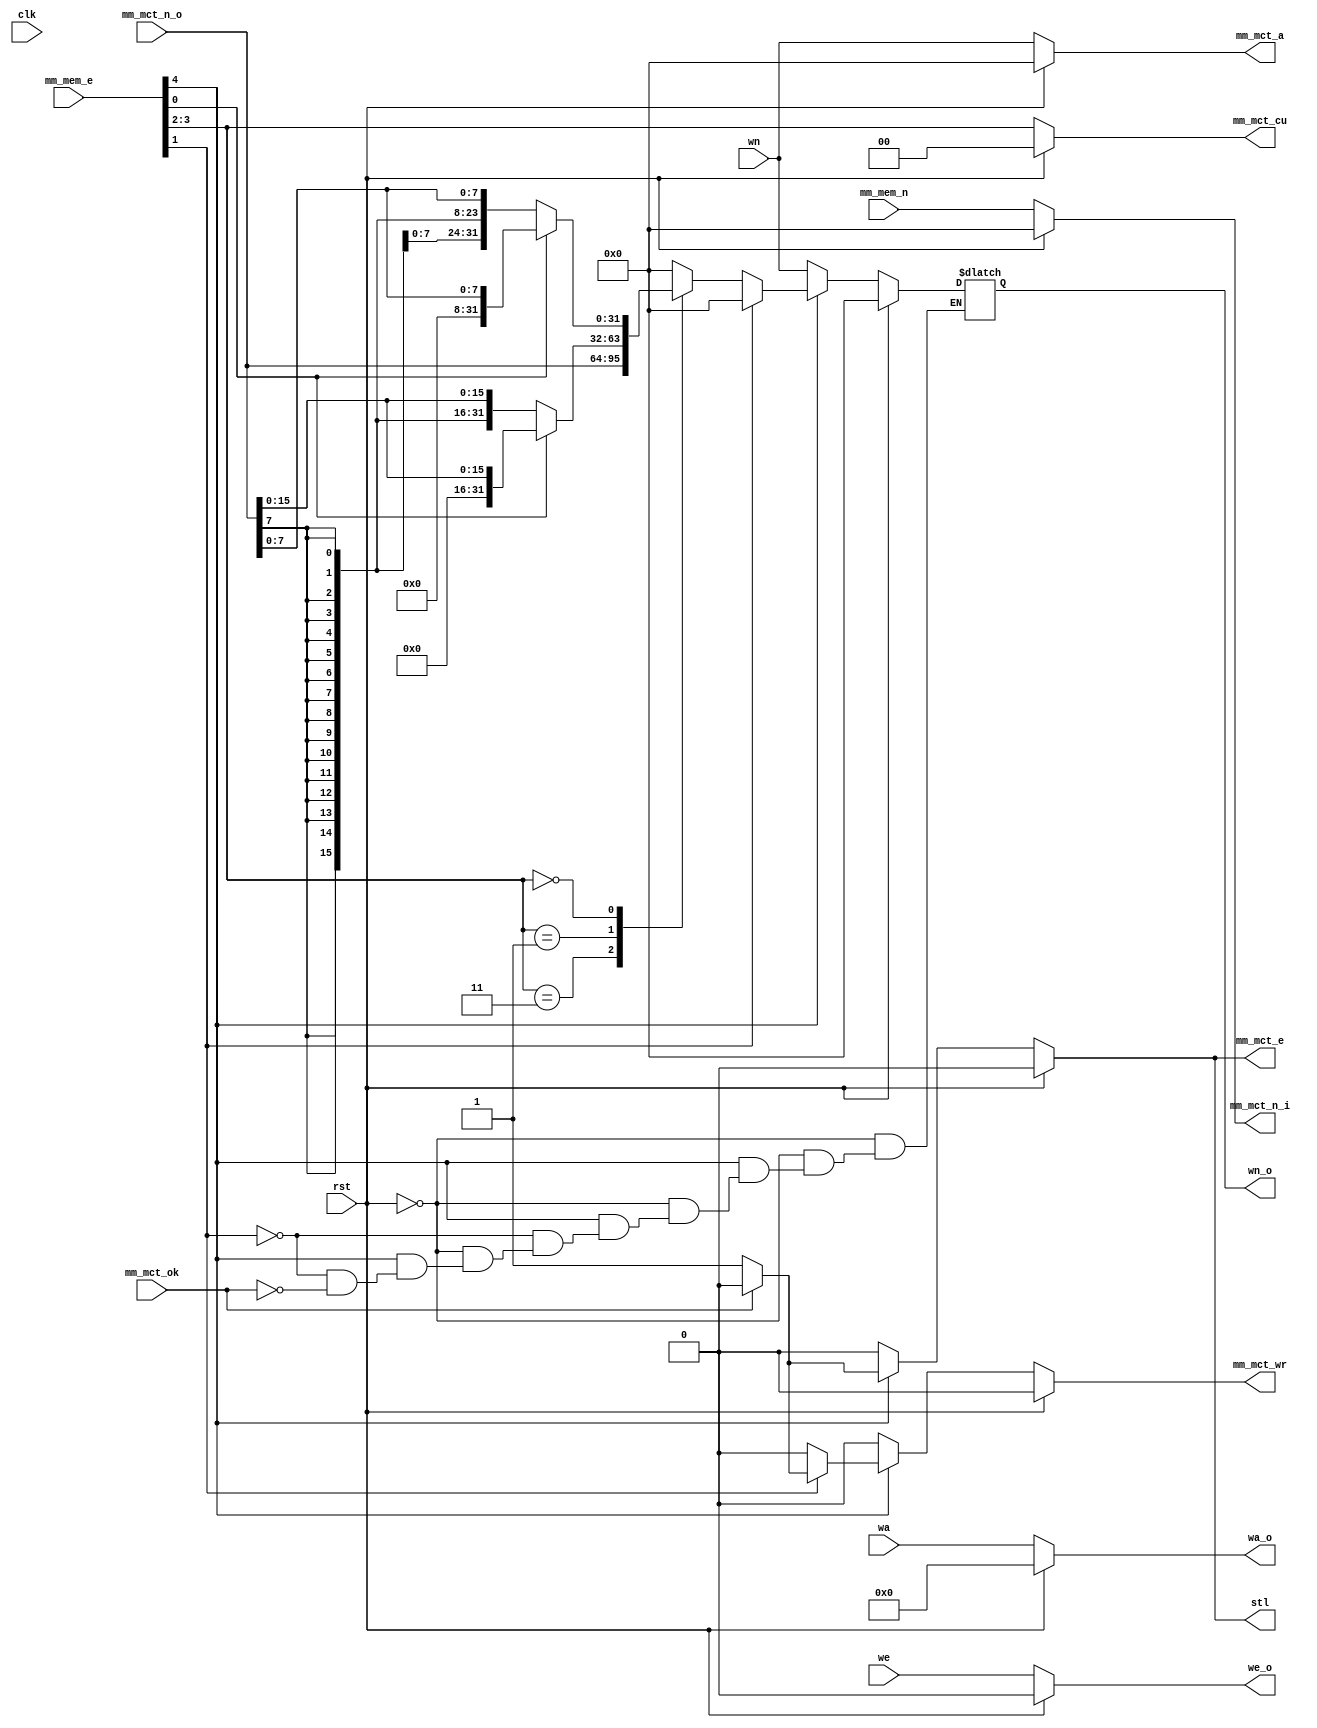
module mm (
    input   wire    rst,
    input   wire    clk,

    input   wire        we,
    input   wire[4:0]   wa,
    input   wire[31:0]  wn,

    output  reg         we_o,
    output  reg[4:0]    wa_o,
    output  reg[31:0]   wn_o,

    input   wire[31:0]  mm_mem_n,
    input   wire[4:0]   mm_mem_e,

    output  reg[31:0]   mm_mct_a,
    output  reg[31:0]   mm_mct_n_i,
    input   wire[31:0]  mm_mct_n_o, 
    output  reg         mm_mct_wr,
    input   wire        mm_mct_ok,
    output  reg         mm_mct_e,
    output  reg[1:0]    mm_mct_cu,

    output  reg         stl
);

    reg[2:0]    cu;
    reg         ls_ok;

    always @ (*) begin
        if (rst == 1'b1) begin
            we_o = 1'b0;
            wa_o = 5'h0;
            wn_o = 32'h0;
            stl  = 1'b0;
            mm_mct_n_i  = 0;
            mm_mct_a    = 0;
            mm_mct_wr   = 0;
            mm_mct_cu   = 0;
            mm_mct_e    = 0;
            ls_ok = 0;
        end else begin

            mm_mct_cu   = mm_mem_e[3:2];
            mm_mct_a    = wn;
            mm_mct_wr   = 1'b0;
            mm_mct_n_i  = mm_mem_n;

            we_o = we;
            wa_o = wa;
//            wn_o = wn;
            stl  = 0;
            if (mm_mem_e[4] != 1'b0) begin
//                $display("MM_MEM_E !!!!!!!!!! %d %b %b", $time, mm_mem_e, mm_mct_ok);
                ls_ok       = mm_mct_ok;
                mm_mct_e    = 1'b1;
                case (mm_mem_e[1])
                    1'b0: begin
                        if (mm_mct_ok == 1'b1) begin
                            stl      = 1'b0;
                            mm_mct_e = 1'b0;
                            wn_o     = 0;
                            case (mm_mct_cu)
                                2'h3: wn_o = mm_mct_n_o;
                                2'h1: begin
                                    if (mm_mem_e[0] == 1'b1) wn_o = {16'h0, mm_mct_n_o[15:0]};
                                    else wn_o = {{17{mm_mct_n_o[7]}}, mm_mct_n_o[15:0]};
                                end 
                                2'h0: begin
                                    if (mm_mem_e[0] == 1'b1) wn_o = {24'h0, mm_mct_n_o[7:0]};
                                    else wn_o = {{25{mm_mct_n_o[ 7]}}, mm_mct_n_o[6:0]};
                                end
                            endcase
                        end else begin
                            mm_mct_cu   = mm_mem_e[3:2];
                            stl         = 1'b1;
                            mm_mct_a    = wn;
                            mm_mct_wr   = 1'b0;
                            mm_mct_e    = 1'b1;
                        end
                    end
                    default: begin
                        // $display("<><><><><><><><><><> %d %d", mm_mem_n, wn);
                        if (mm_mct_ok == 1'b1) begin
                            stl      = 1'b0;
                            mm_mct_e = 1'b0;
                        end else begin
                            mm_mct_n_i  = mm_mem_n;
                            mm_mct_cu   = mm_mem_e[3:2];
                            stl         = 1'b1;
                            mm_mct_a    = wn;
                            mm_mct_wr   = 1'b1;
                            mm_mct_e    = 1'b1;
                        end
                        wn_o = 0;
                    end
                endcase
            end else begin
                wn_o = wn;
                mm_mct_e    = 1'b0;
            end
        end
    end

endmodule